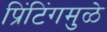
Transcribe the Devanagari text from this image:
प्रिंटिंगमुळे